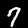
Label: 7